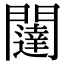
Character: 闥